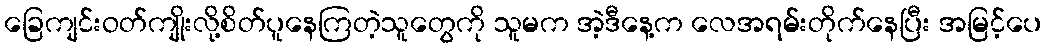
ခြေကျင်းဝတ်ကျိုးလို့စိတ်ပူနေကြတဲ့သူတွေကို သူမက အဲ့ဒီနေ့က လေအရမ်းတိုက်နေပြီး အမြင့်ပေ